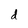
Character: d